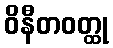
ဝိနီတဝတ္ထု